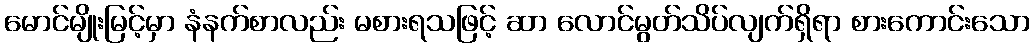
မောင်မျိုးမြင့်မှာ နံနက်စာလည်း မစားရသဖြင့် ဆာ လောင်မွတ်သိပ်လျက်ရှိရာ စားကောင်းသော